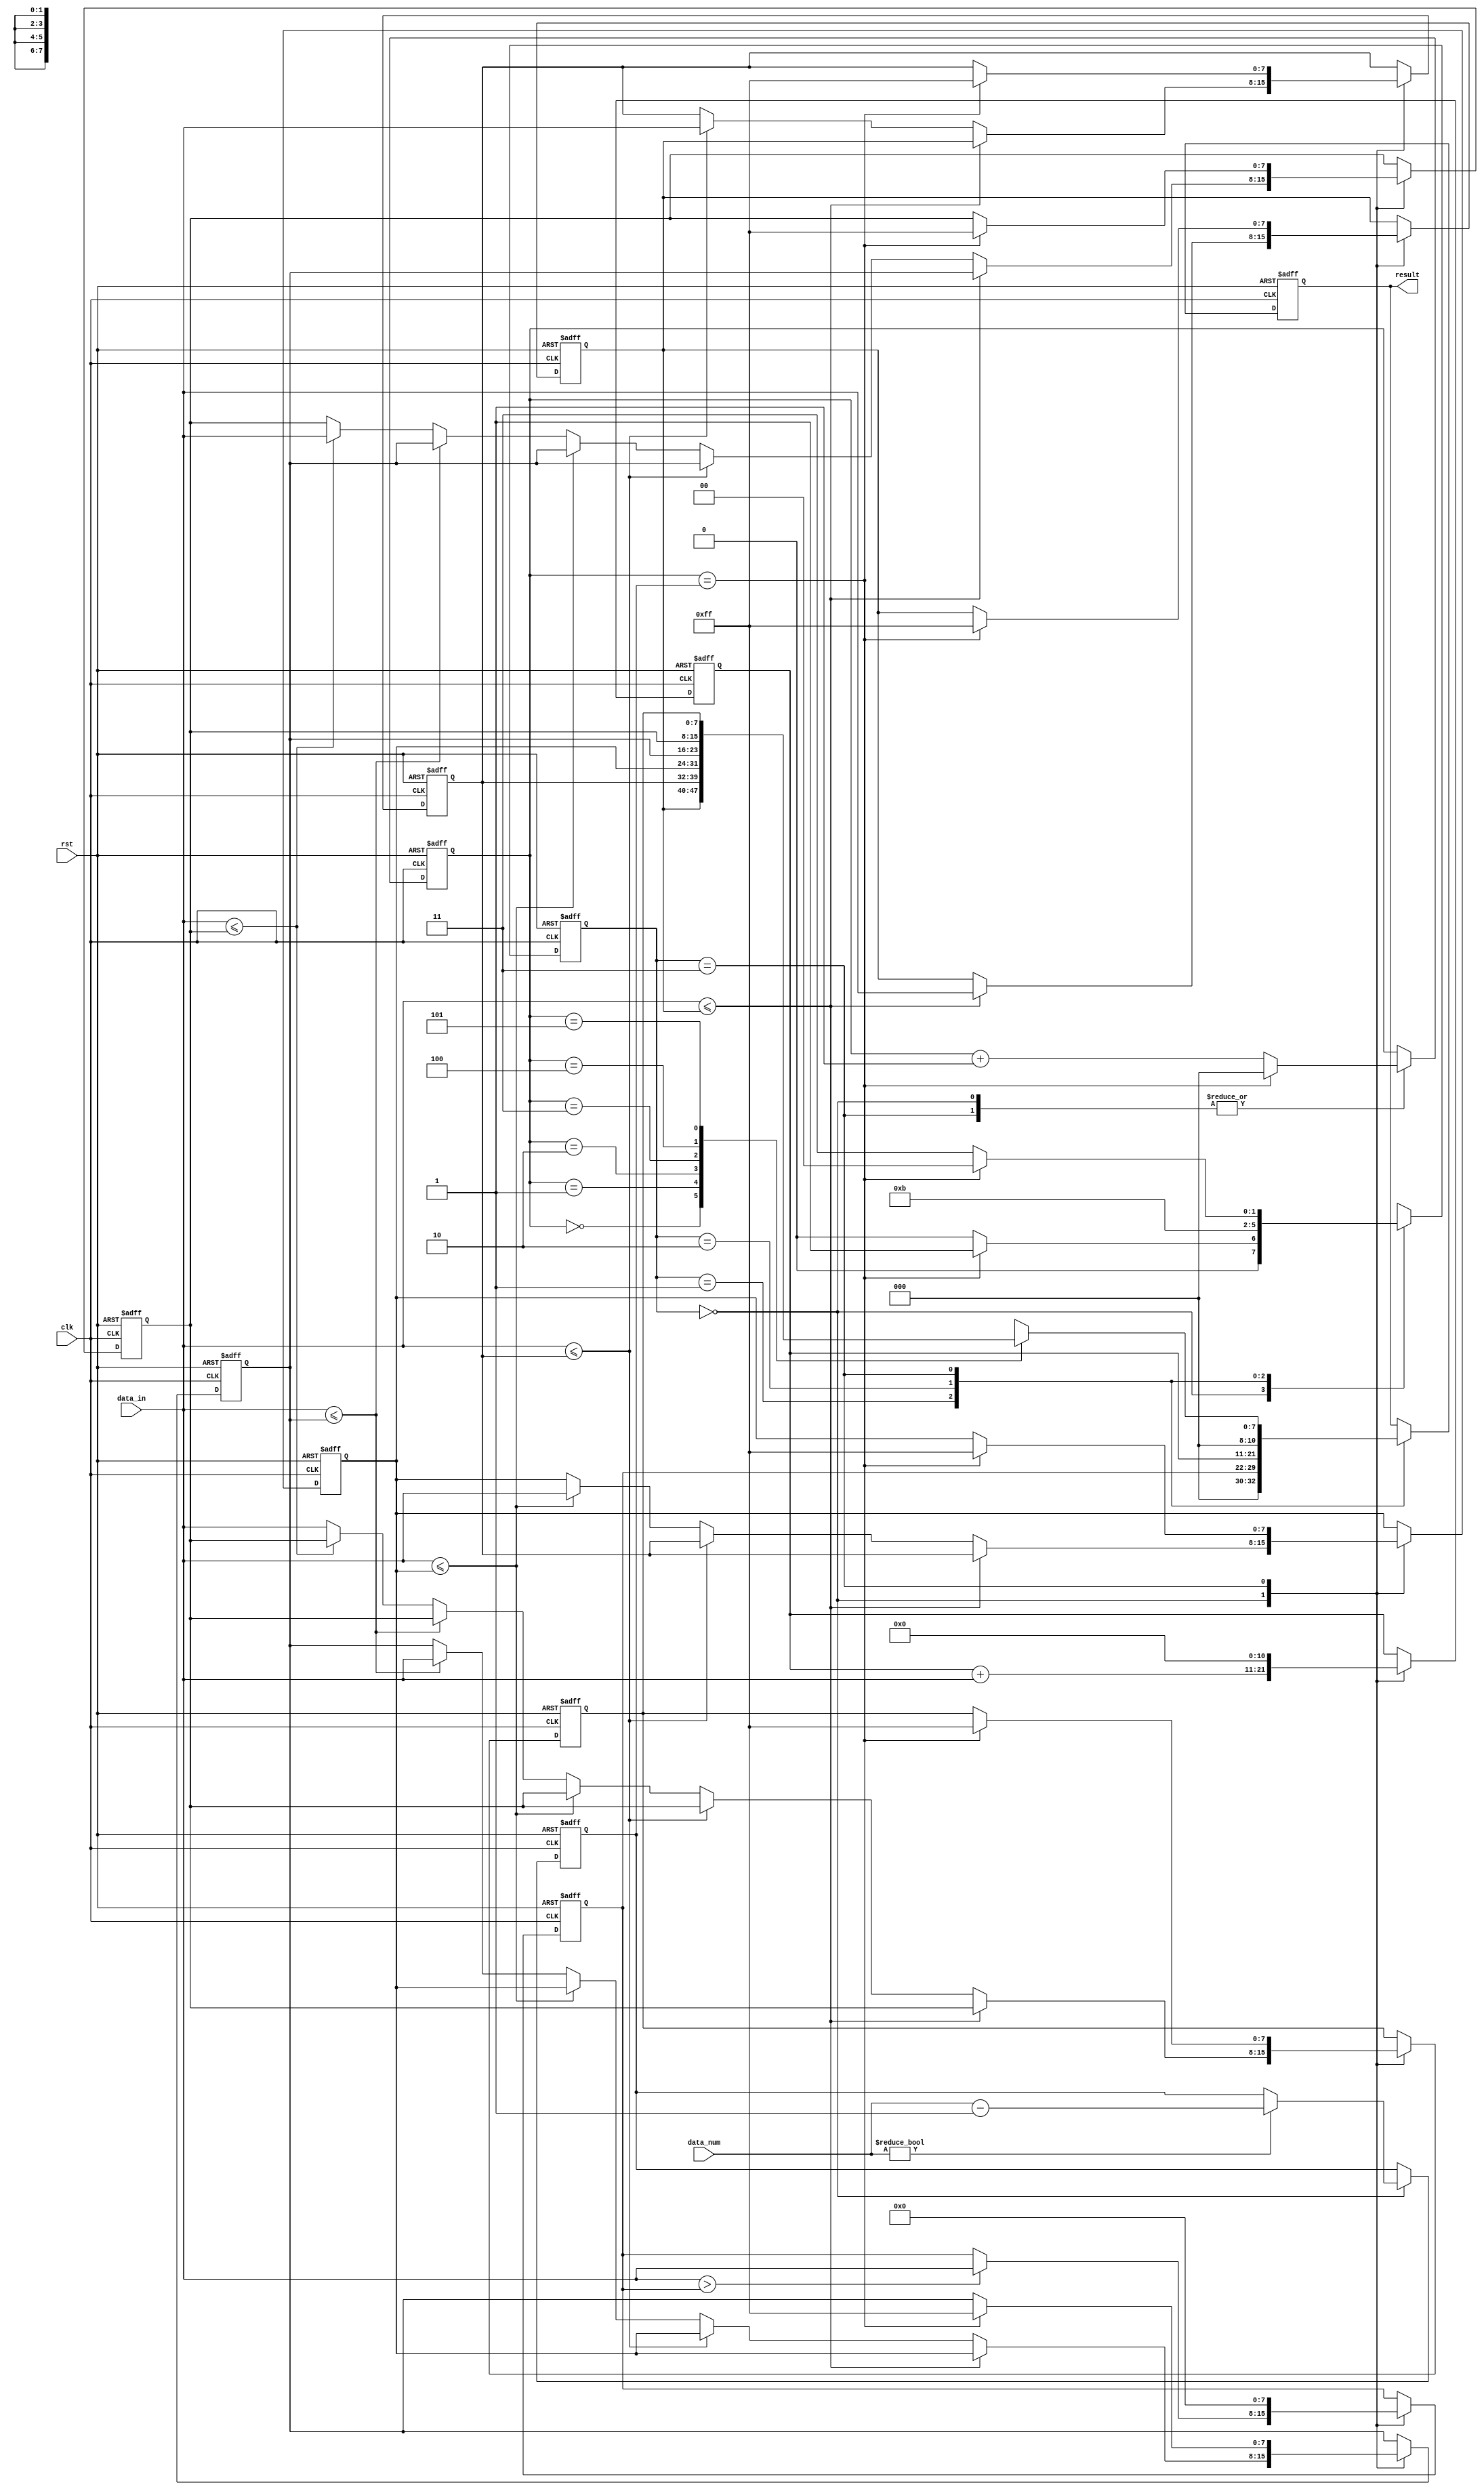
module BOE(clk, rst, data_num, data_in, result);
input clk;
input rst;
input [2:0] data_num;
input [7:0] data_in;
output [10:0] result;

reg [1:0] curt_state;
reg [1:0] next_state;
reg [7:0] value_array [0:5];
reg [2:0] data_num_reg;
reg [2:0] array_pointer;
reg [7:0] max;
reg [10:0] sum;
reg [10:0] result;
parameter [1:0] read_data = 0, output_max = 1, output_sum = 2, output_sort = 3; 

always@(posedge clk or posedge rst) begin
    if(rst) begin
	    curt_state <= read_data;
	end
	else begin
	    curt_state <= next_state;
	end
end

always@(*) begin
    case(curt_state)
	    read_data: 
		    next_state = (array_pointer == data_num_reg)? output_max : read_data;
		output_max: 
		    next_state = output_sum;
		output_sum:
		    next_state = output_sort;
		output_sort:
		    next_state = (array_pointer == data_num_reg)? read_data : output_sort;
	endcase
end

always@(posedge clk or posedge rst) begin
    if(rst) begin
	    value_array[0] <= 255;
		value_array[1] <= 255;
		value_array[2] <= 255;
		value_array[3] <= 255;
		value_array[4] <= 255;
		value_array[5] <= 255;
		data_num_reg <= 7;
		array_pointer <= 0;
		sum <= 0;
		max <= 0;
		result <= 0;
	end
	else begin
	    case(curt_state)
		    read_data: begin
			    data_num_reg <= (data_num != 0)? data_num - 1 : data_num_reg;
				array_pointer <= (array_pointer == data_num_reg)? 0 : array_pointer + 1 ;
				// calculate sum
				sum <= sum + data_in;   
				// calculate max
				if(data_in > max) begin
				    max <= data_in;
				end   		
                // sorting				
				if(data_in <= value_array[0]) begin
				    value_array[0] <= data_in;
					value_array[1] <= value_array[0];
					value_array[2] <= value_array[1];
					value_array[3] <= value_array[2];
					value_array[4] <= value_array[3];
					value_array[5] <= value_array[4];
				end
				else if(data_in <= value_array[1]) begin
					value_array[1] <= data_in;
					value_array[2] <= value_array[1];
					value_array[3] <= value_array[2];
					value_array[4] <= value_array[3];
					value_array[5] <= value_array[4];
				end
				else if(data_in <= value_array[2]) begin
					value_array[2] <= data_in;
					value_array[3] <= value_array[2];
					value_array[4] <= value_array[3];
					value_array[5] <= value_array[4];
				end
				else if(data_in <= value_array[3]) begin
					value_array[3] <= data_in;
					value_array[4] <= value_array[3];
					value_array[5] <= value_array[4];
				end
				else if(data_in <= value_array[4]) begin
					value_array[4] <= data_in;
					value_array[5] <= value_array[4];
				end
				else begin
				
				    value_array[5] <= data_in;
				end
				
			end
			output_max: begin
			    result <= max;
			end
			output_sum: begin
			    result <= sum;
			end
			output_sort: begin
			    result <= value_array[array_pointer];
				array_pointer <= (array_pointer == data_num_reg)? 0 : array_pointer + 1;
				value_array[0] <= (array_pointer == data_num_reg)? 255 : value_array[0];
				value_array[1] <= (array_pointer == data_num_reg)? 255 : value_array[1];
				value_array[2] <= (array_pointer == data_num_reg)? 255 : value_array[2];
				value_array[3] <= (array_pointer == data_num_reg)? 255 : value_array[3];
				value_array[4] <= (array_pointer == data_num_reg)? 255 : value_array[4];
				value_array[5] <= (array_pointer == data_num_reg)? 255 : value_array[5];
				sum <= 0;
				max <= 0;
			end
		endcase
	end
end

endmodule